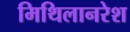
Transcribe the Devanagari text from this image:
मिथिलानरेश